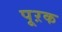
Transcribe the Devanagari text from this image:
पूऱक